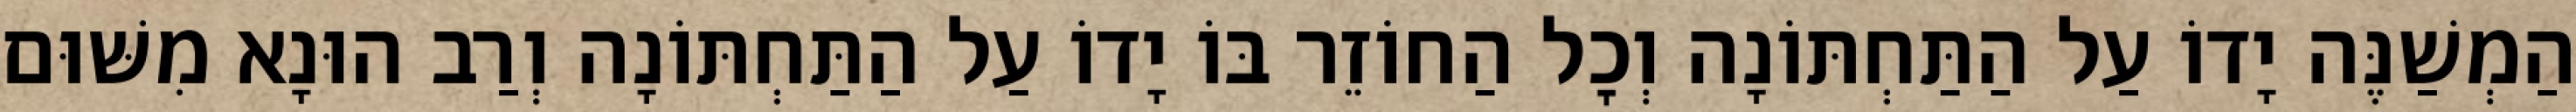
הַמְשַׁנֶּה יָדוֹ עַל הַתַּחְתּוֹנָה וְכׇל הַחוֹזֵר בּוֹ יָדוֹ עַל הַתַּחְתּוֹנָה וְרַב הוּנָא מִשּׁוּם